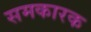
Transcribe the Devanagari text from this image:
समकारक